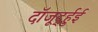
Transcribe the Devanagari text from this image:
दॉजूर्द्हुई